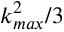
k _ { m a x } ^ { 2 } / 3